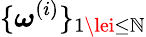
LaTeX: \{ \boldsymbol{\omega}^{(i)}\} _{1\lei\le\mathbb{N}}